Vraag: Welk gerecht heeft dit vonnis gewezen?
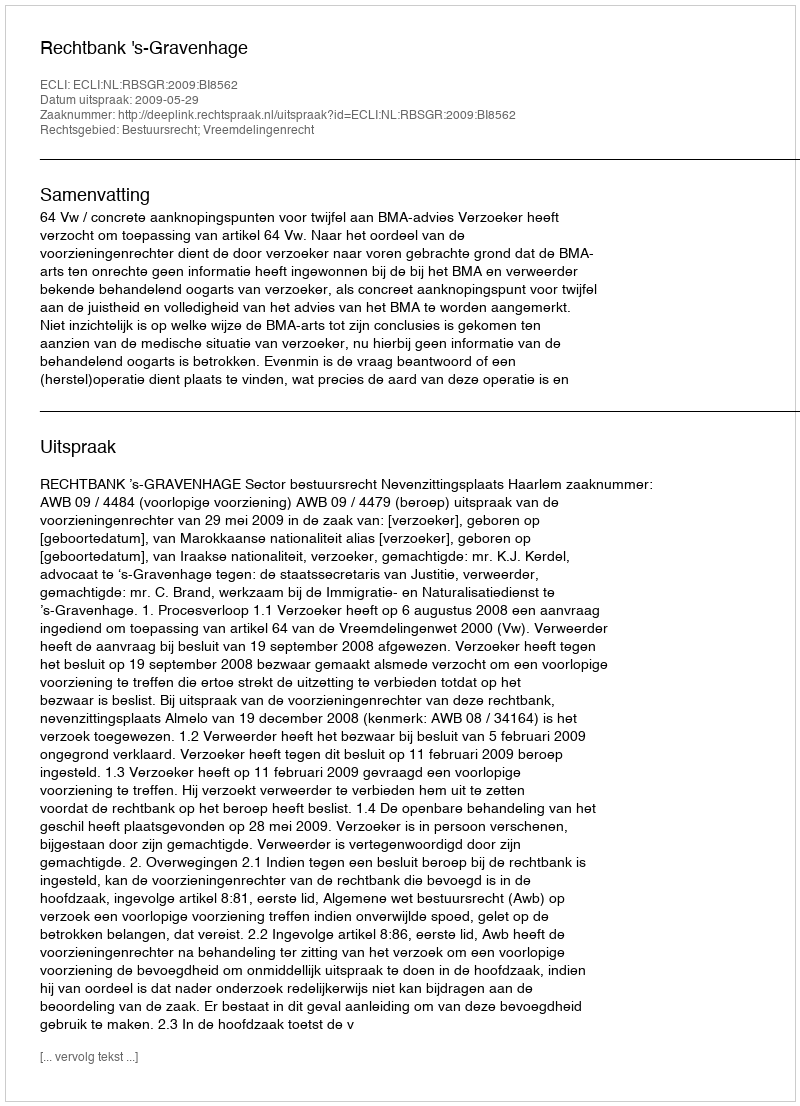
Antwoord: Rechtbank 's-Gravenhage